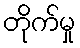
တိုက်မှု